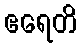
ဧရေတိ